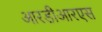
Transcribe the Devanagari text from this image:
आरडीआरएस